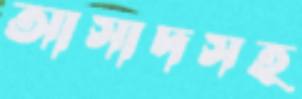
আসাদসহ